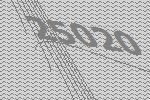
25020